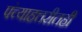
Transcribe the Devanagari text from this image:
पंच्याहत्तरीतही